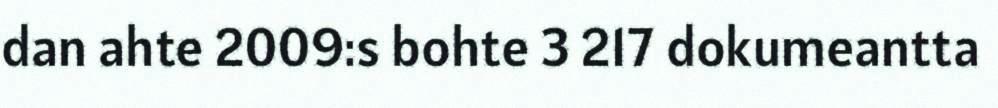
dan ahte 2009:s bohte 3 217 dokumeantta